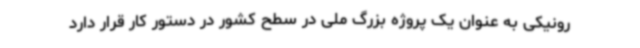
رونیکی به عنوان یک پروژه بزرگ ملی در سطح کشور در دستور کار قرار دارد